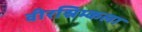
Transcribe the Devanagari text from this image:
वीरस्रिम्कला